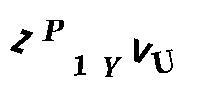
ZP1YVU